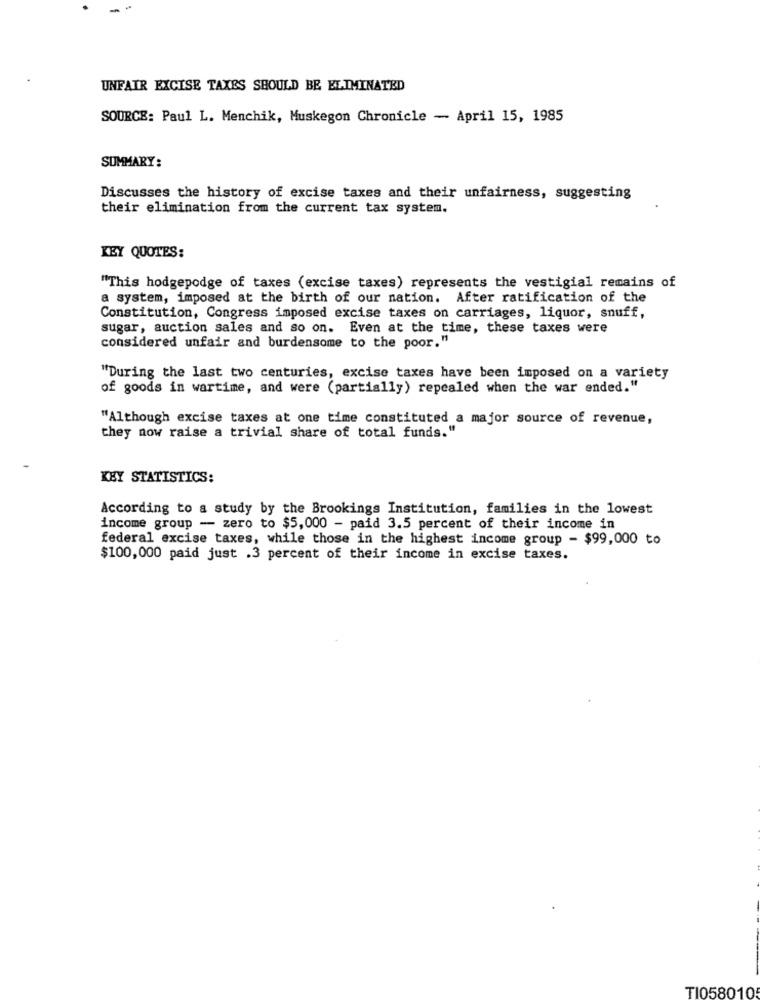
-
UNFAIR EXCISE TAXES SHOULD BE ELIMINATED
SOURCE: Paul L. Menchik, Muskegon Chronicle - April 15, 1985
SUMMARY:
Discusses the history of excise taxes and their unfairness, suggesting
their elimination from the current tax system.
KEY QUOTES:
"This hodgepodge of taxes (excise taxes) represents the vestigial remains of
a system, imposed at the birth of our nation. After ratification of the
Constitution, Congress imposed excise taxes on carriages, liquor, snuff,
sugar, auction sales and so on. Even at the time, these taxes were
considered unfair and burdensome to the poor."
"During the last two centuries, excise taxes have been imposed on a variety
of goods in wartime, and were (partially) repealed when the war ended."
"Although excise taxes at one time constituted a major source of revenue,
they now raise a trivial share of total funds."
KEY STATISTICS:
According to a study by the Brookings Institution, families in the lowest
income group - zero to $5,000 - paid 3.5 percent of their income in
federal excise taxes, while those in the highest income group - $99,000 to
$100,000 paid just .3 percent of their income in excise taxes.
TI058010